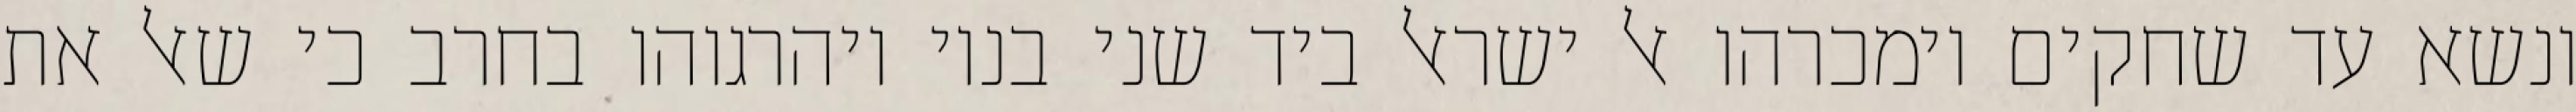
ונשא עד שחקים וימכרהו אל ישראל ביד שני בניו ויהרגוהו בחרב כי שאל את